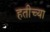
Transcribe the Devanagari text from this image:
हतीच्या